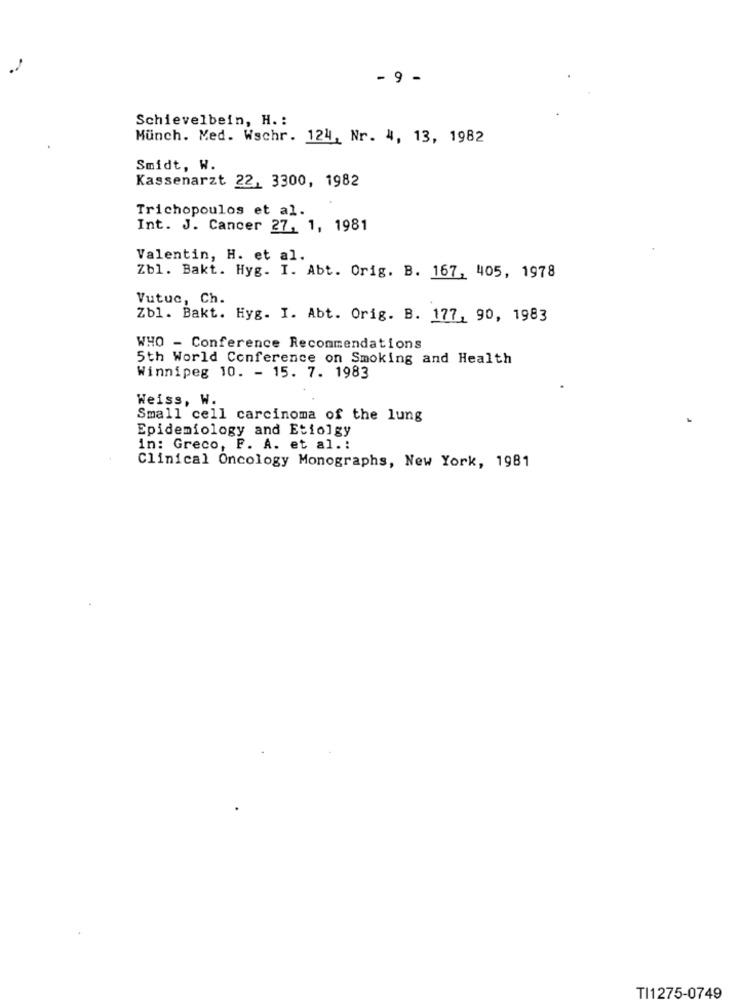
- 9 -
Schievelbein, H .:
Munch. Med. Wschr. 124, Nr. 4, 13, 1982
Smidt, W.
Kassenarzt 22, 3300, 1982
Trichopoulos et al.
Int. J. Cancer 27, 1, 1981
Valentin, H. et al.
Zbl. Bakt. Hyg. I. Abt. Orig. B. 167, 405, 1978
Vutuc, Ch.
Zb1. Bakt. Hyg. I. Abt. Orig. B. 177, 90, 1983
WHO - Conference Recommendations
5th World Conference on Smoking and Health
Winnipeg 10. - 15. 7. 1983
Weiss, W.
Small cell carcinoma of the lung
Epidemiology and Etiolgy
in: Greco, F. A. et al .:
Clinical Oncology Monographs, New York, 1981
TI1275-0749